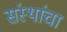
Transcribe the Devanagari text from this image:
संस्‍थांचा